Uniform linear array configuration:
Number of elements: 4
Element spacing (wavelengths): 1
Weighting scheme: hamming
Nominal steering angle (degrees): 15
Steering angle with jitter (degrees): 13.499
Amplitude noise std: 0.05
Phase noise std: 0.05

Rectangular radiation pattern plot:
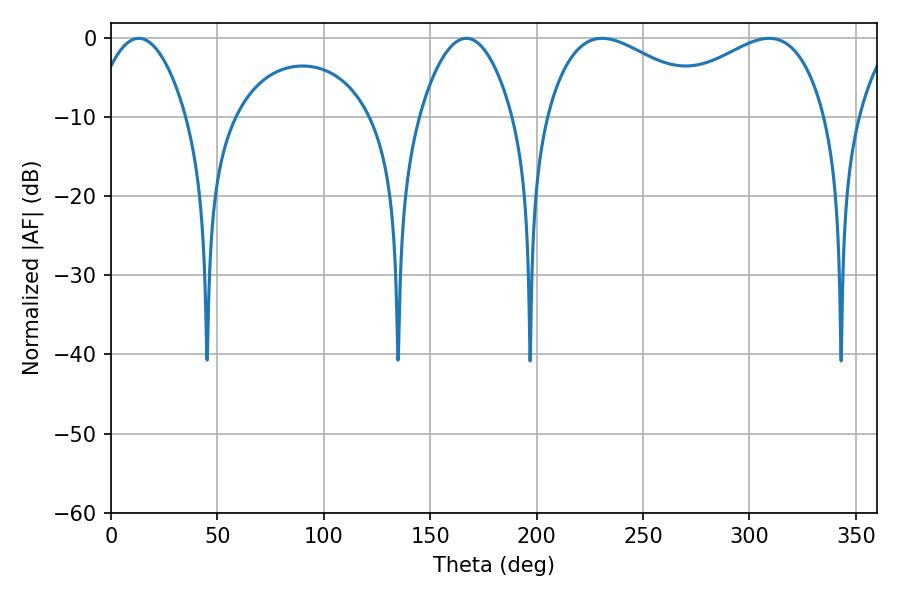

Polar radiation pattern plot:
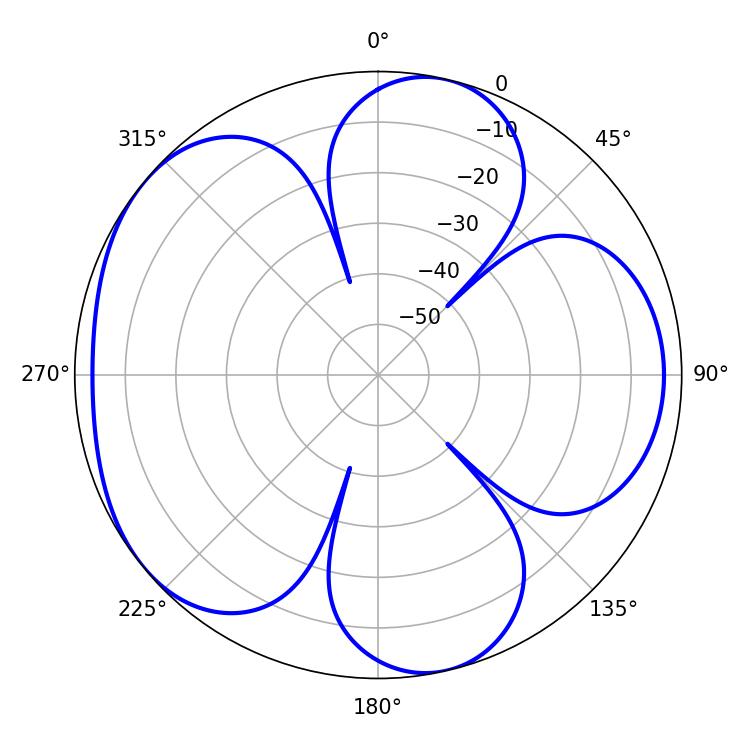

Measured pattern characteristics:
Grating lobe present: TRUE
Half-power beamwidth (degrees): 44.64
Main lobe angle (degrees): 230.76